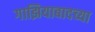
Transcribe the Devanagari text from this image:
गाझियाबादच्या